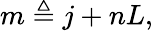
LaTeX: m\triangleq j+nL,